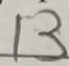
1 3